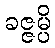
ခဇ္ဇမ္ပိ